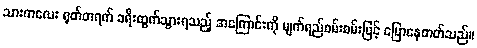
သားကလေး ရုတ်တရက် ခရီးထွက်သွားရသည့် အကြောင်းကို မျက်ရည်စမ်းစမ်းဖြင့် ပြောနေတတ်သည်။